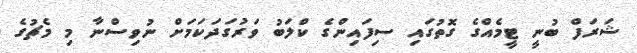
ޝަރަފް ބުނީ ޓީމެއްގެ ގޮތުގައި ސިފައިންގެ ކްލަބު ވަރުގަދަކަމަށް ނުވިސްނާ މި މެޗުގެ